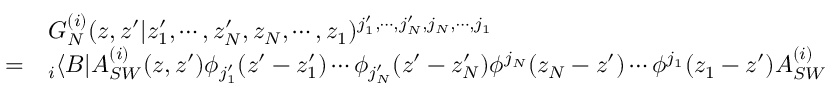
\begin{array} { c l } { { } } & { { G _ { N } ^ { ( i ) } ( z , z ^ { \prime } | z _ { 1 } ^ { \prime } , \cdots , z _ { N } ^ { \prime } , z _ { N } , \cdots , z _ { 1 } ) ^ { j _ { 1 } ^ { \prime } , \cdots , j _ { N } ^ { \prime } , j _ { N } , \cdots , j _ { 1 } } } } \\ { { = } } & { { { } _ { i } \langle B | A _ { S W } ^ { ( i ) } ( z , z ^ { \prime } ) \phi _ { j _ { 1 } ^ { \prime } } ( z ^ { \prime } - z _ { 1 } ^ { \prime } ) \cdots \phi _ { j _ { N } ^ { \prime } } ( z ^ { \prime } - z _ { N } ^ { \prime } ) \phi ^ { j _ { N } } ( z _ { N } - z ^ { \prime } ) \cdots \phi ^ { j _ { 1 } } ( z _ { 1 } - z ^ { \prime } ) A _ { S W } ^ { ( i ) } ( z , z ^ { \prime } ) | B \rangle _ { i } . } } \end{array}